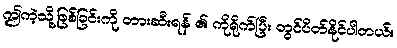
ဤကဲ့သို့ဖြစ်ခြင်းကို တားဆီးရန် ၏ ကိုရိုက်ပြီး တွင်ပိတ်နိုင်ပါတယ်။